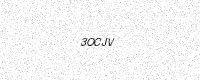
Text: 3OCJV